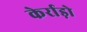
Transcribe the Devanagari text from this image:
केर्राड़ो